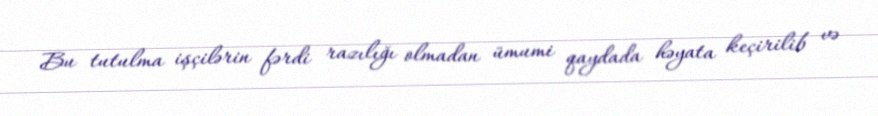
Bu tutulma işçilərin fərdi razılığı olmadan ümumi qaydada həyata keçirilib və